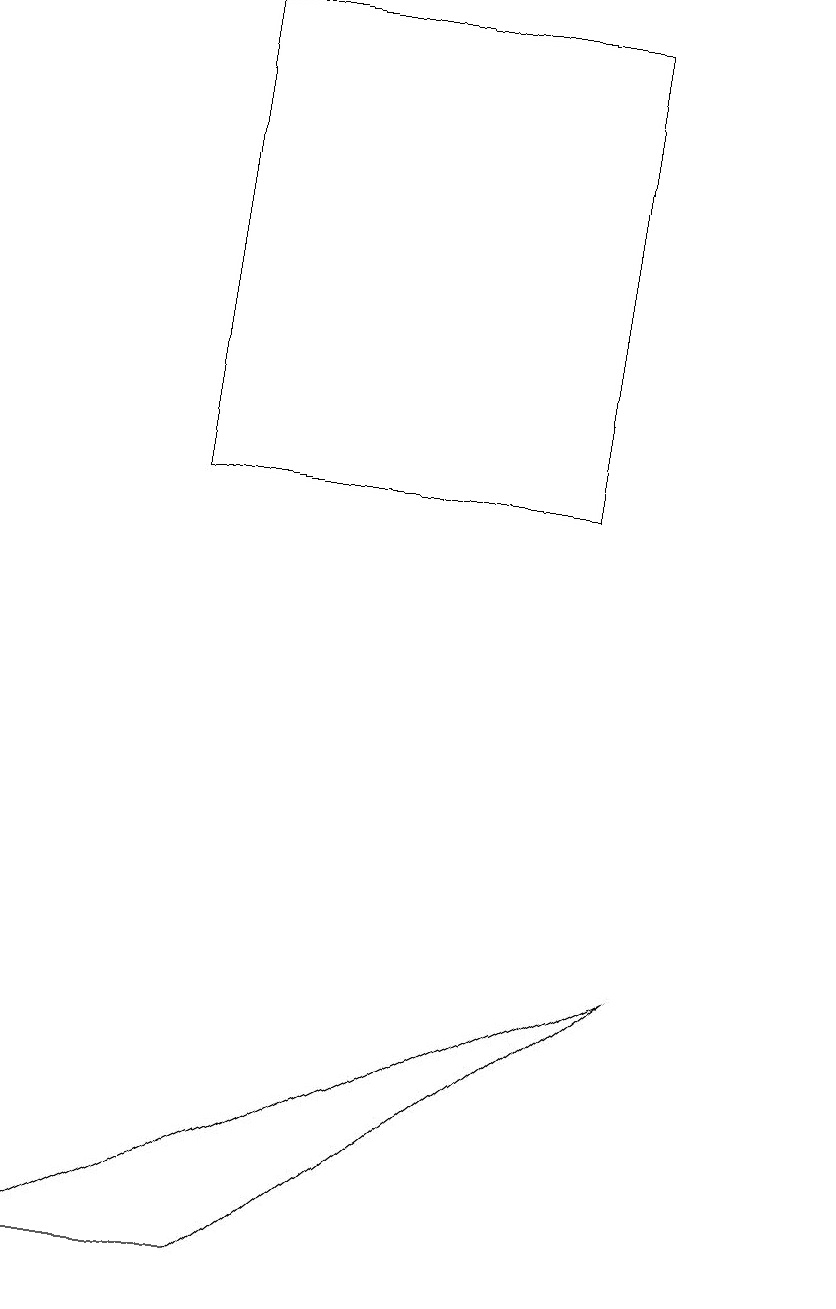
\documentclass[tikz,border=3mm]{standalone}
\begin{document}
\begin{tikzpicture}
\draw (7,18) rectangle (2,12);
\draw (10,10) circle (0);
\draw (0,2) -- (8,6) -- (3,2) -- cycle;
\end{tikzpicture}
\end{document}